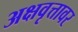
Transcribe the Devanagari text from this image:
अक्षवृत्तावर